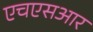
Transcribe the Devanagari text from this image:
एचएसआर